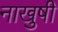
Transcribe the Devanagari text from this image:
नाखुषी